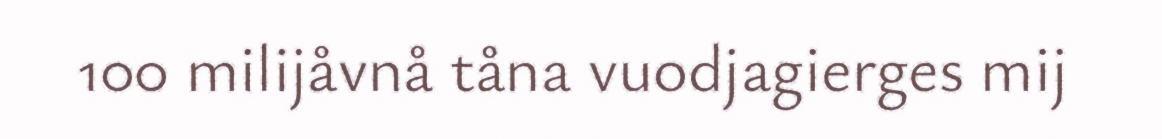
100 milijåvnå tåna vuodjagierges mij